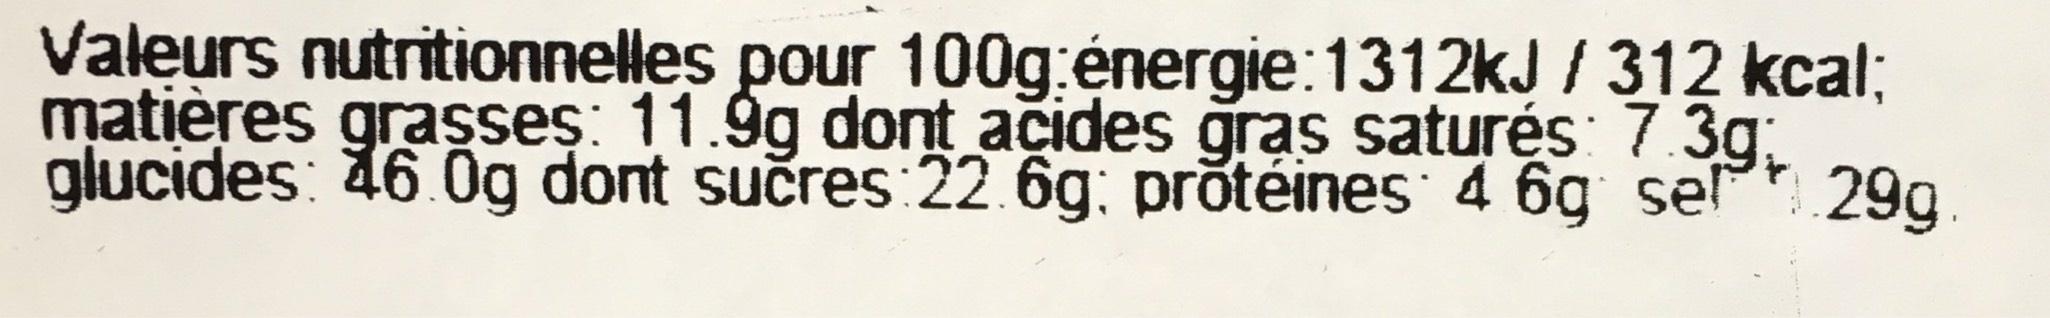
Valeurs nutritionnelles pour 100g:énergie:1312kJ / 312 kcal; matières grasses: 11.9g dont acides gras saturés: 7.3g. glucides: 46.0g dont sucres 22.6g: protéines 4 6g sel 29g.